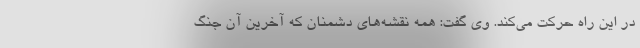
در این راه حرکت می‌کند. وی گفت: همه نقشه‌های دشمنان که آخرین آن جنگ